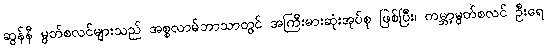
ဆွန်နီ မွတ်စလင်များသည် အစ္စလာမ်ဘာသာတွင် အကြီးမားဆုံးအုပ်စု ဖြစ်ပြီး၊ ကမ္ဘာ့မွတ်စလင် ဦးရေ